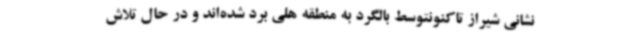
نشانی شیراز تاکنونتوسط بالگرد به منطقه هلی برد شده‌اند و در حال تلاش